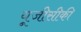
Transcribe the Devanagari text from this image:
यूजीसीकी